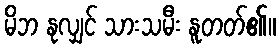
မိဘ နုလျှင် သားသမီး နူတတ်၏။